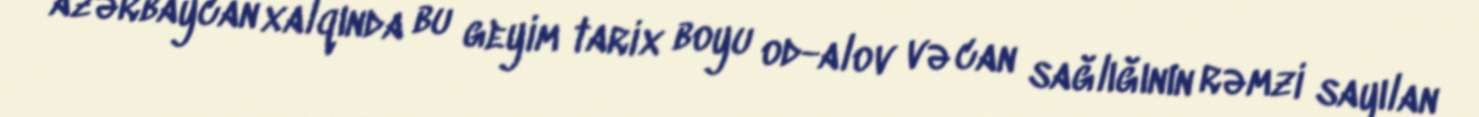
azərbaycan xalqında bu geyim tarix boyu od-alov və can sağlığının rəmzi sayılan